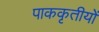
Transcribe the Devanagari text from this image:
पाककृतीयों